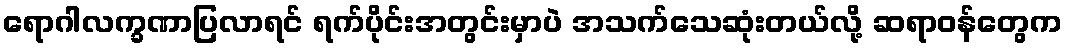
ရောဂါလက္ခဏာပြလာရင် ရက်ပိုင်းအတွင်းမှာပဲ အသက်သေဆုံးတယ်လို့ ဆရာဝန်တွေက